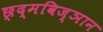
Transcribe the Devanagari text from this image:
छ्द्मविज्ञान